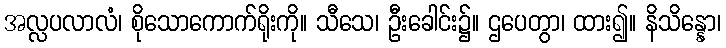
အလ္လပလာလံ၊ စိုသောကောက်ရိုးကို။ သီသေ၊ ဦးခေါင်း၌။ ဌပေတွာ၊ ထား၍။ နိသိန္နော၊